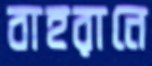
বাহরানে